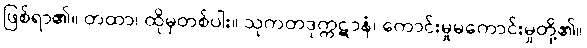
ဖြစ်ရာ၏။ တထာ၊ ထိုမှတစ်ပါး။ သုကတဒုက္ကဋာနံ၊ ကောင်းမှုမကောင်းမှုတို့၏။